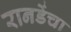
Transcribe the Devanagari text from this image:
रानडेंचा